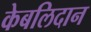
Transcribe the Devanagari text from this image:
केबलिदान